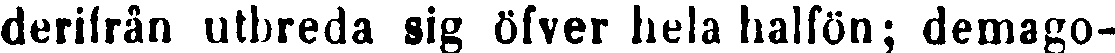
derifrån utbreda sig öfver hela halfön; demago-